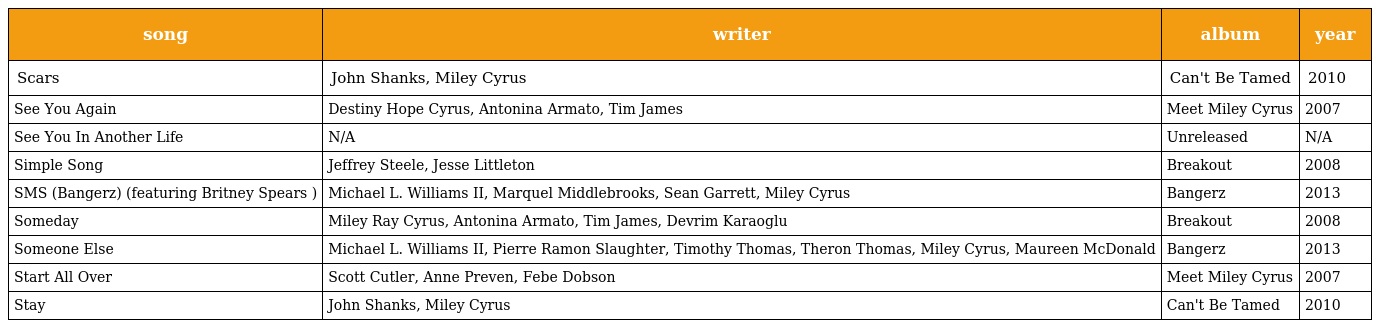
| song | writer | album | year |
 | --- | --- | --- | --- |
 | Scars | John Shanks, Miley Cyrus | Can't Be Tamed | 2010 |
 | See You Again | Destiny Hope Cyrus, Antonina Armato, Tim James | Meet Miley Cyrus | 2007 |
 | See You In Another Life | N/A | Unreleased | N/A |
 | Simple Song | Jeffrey Steele, Jesse Littleton | Breakout | 2008 |
 | SMS (Bangerz) (featuring Britney Spears ) | Michael L. Williams II, Marquel Middlebrooks, Sean Garrett, Miley Cyrus | Bangerz | 2013 |
 | Someday | Miley Ray Cyrus, Antonina Armato, Tim James, Devrim Karaoglu | Breakout | 2008 |
 | Someone Else | Michael L. Williams II, Pierre Ramon Slaughter, Timothy Thomas, Theron Thomas, Miley Cyrus, Maureen McDonald | Bangerz | 2013 |
 | Start All Over | Scott Cutler, Anne Preven, Febe Dobson | Meet Miley Cyrus | 2007 |
 | Stay | John Shanks, Miley Cyrus | Can't Be Tamed | 2010 |